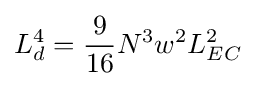
L_{d}^{4}={\frac {9}{16}}N^{3}w^{2}L_{EC}^{2}